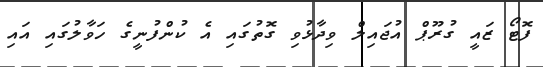
ފޮޓޯ ޒައީ ގުރޫޕް އުޖައިލް ވިދާޅުވި ގޮތުގައި އެ ކުންފުނީގެ ހަވާލުގައި އައި